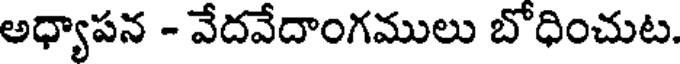
అధ్యాపన - వేదవేదాంగములు బోధించుట.